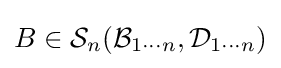
B\in {\mathcal {S}}_{n}({\mathcal {B}}_{1\cdots n},{\mathcal {D}}_{1\cdots n})